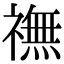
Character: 𫞶